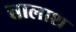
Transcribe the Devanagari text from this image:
त्तालाश